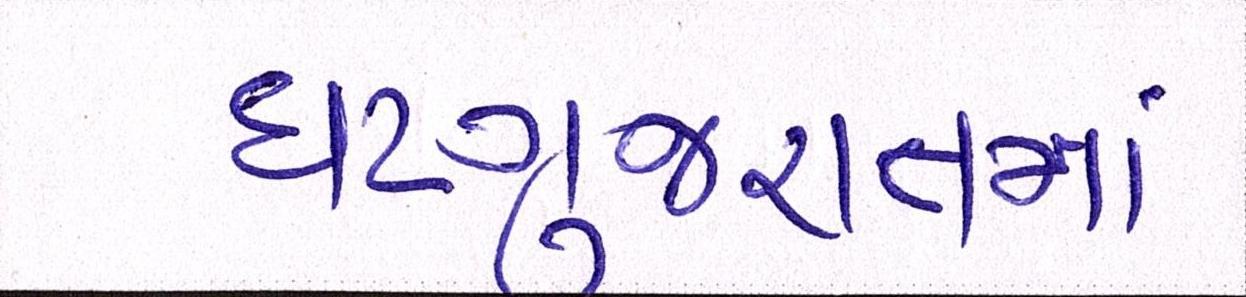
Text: ઘટગુજરાતમાં